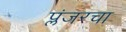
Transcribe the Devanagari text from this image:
प्लंजरचा